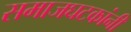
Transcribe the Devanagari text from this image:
समाजघटकांनी